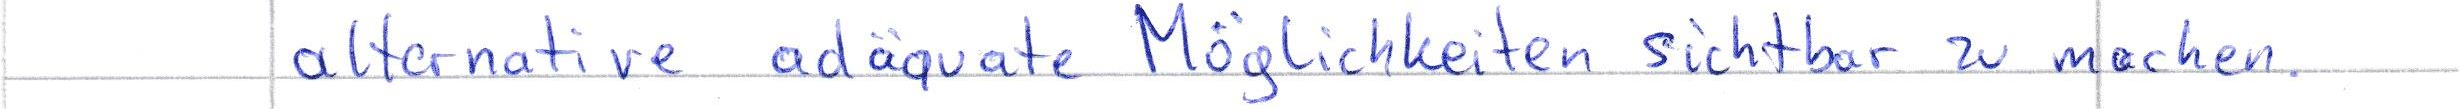
alternative adäquate Möglichkeiten sichtbar zu machen.